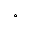
^ { \circ }